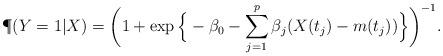
LaTeX: \begin{align*}\P(Y=1 | X) = \bigg(1+\exp\Big\{-\beta_0 - \sum_{j=1}^p \beta_j(X(t_j)-m(t_j))\Big\} \bigg)^{-1}.\end{align*}